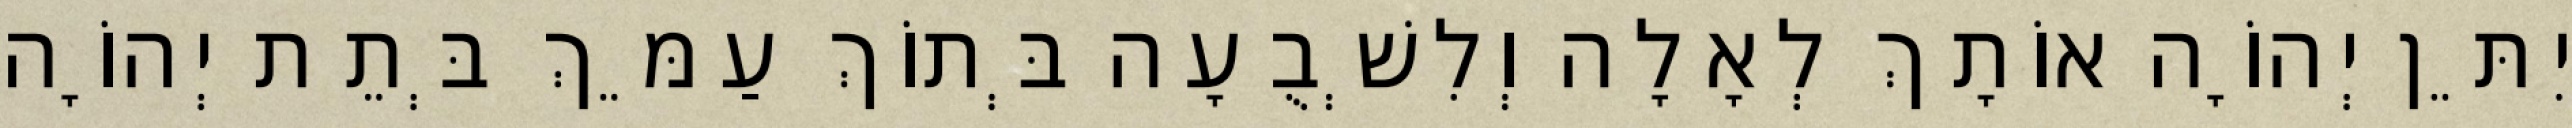
יִתֵּן יְהוָֹה אוֹתָךְ לְאָלָה וְלִשְׁבֻעָה בְּתוֹךְ עַמֵּךְ בְּתֵת יְהוָֹה